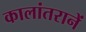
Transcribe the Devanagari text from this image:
कालांतरानें